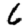
Digit: 6